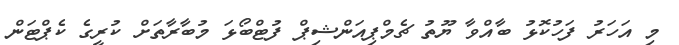
މި އަހަރު ފަހުކޮޅު ބާއްވާ ޔޫތު ޗެމްޕިއަންޝިޕް ފުޓްބޯޅަ މުބާރާތަށް ކުރީގެ ކެޕްޓަން